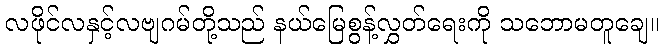
လဖိုင်လနှင့်လဗျဂမ်တို့သည် နယ်မြေစွန့်လွှတ်ရေးကို သဘောမတူချေ။